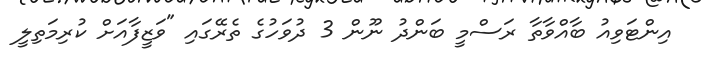
އިންޓަވިއު ބާއްވާތާ ރަސްމީ ބަންދު ނޫން 3 ދުވަހުގެ ތެރޭގައި "ވަޒީފާއަށް ކުރިމަތިލީ